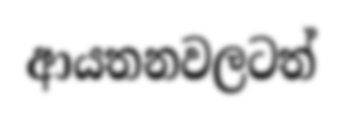
ආයතනවලටත්